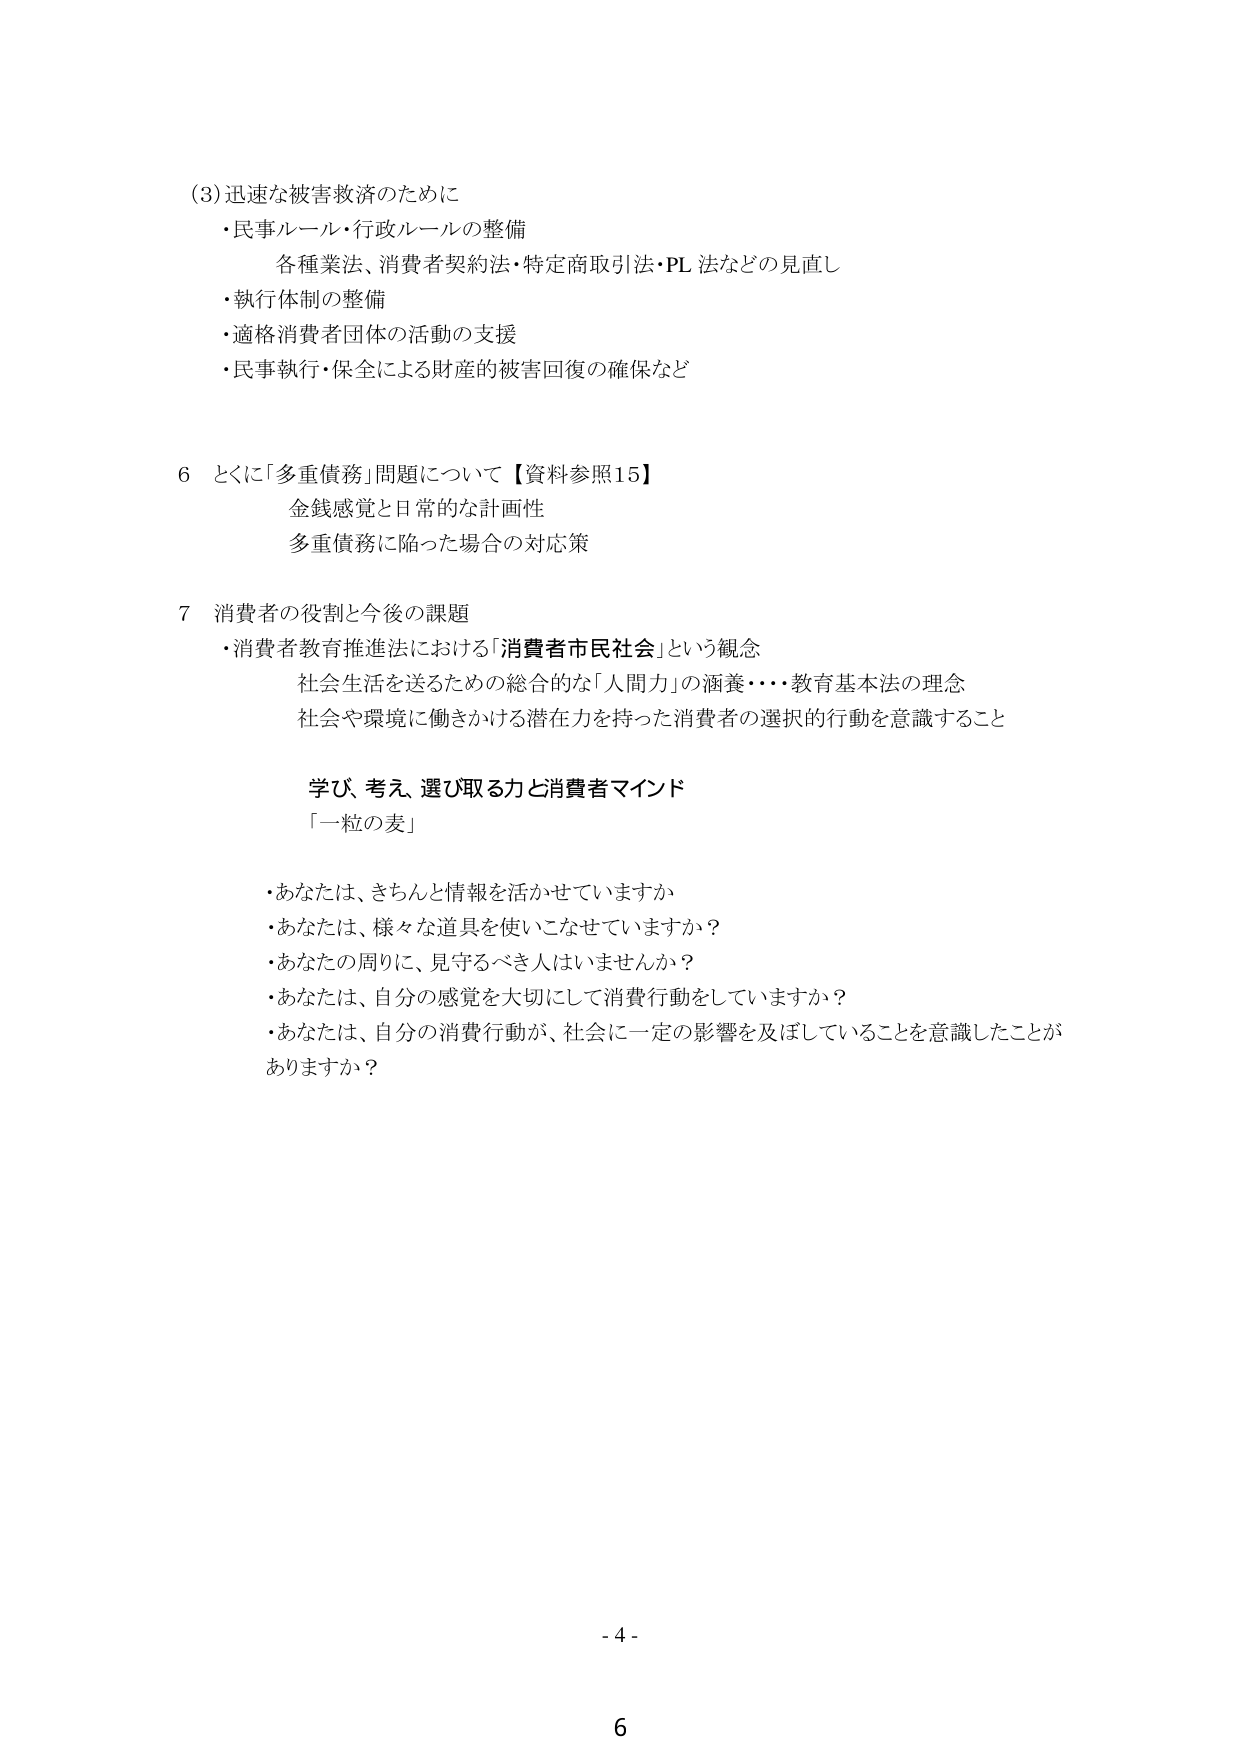
(3) 迅速な被害救済のために
・民事ルール・行政ルールの整備
　各種業法、消費者契約法・特定商取引法・PL法などの見直し
・執行体制の整備
・適格消費者団体の活動の支援
・民事執行・保全による財産的被害回復の確保など

6 とくに「多重債務」問題について【資料参照15】
　金銭感覚と日常的な計画性
　多重債務に陥った場合の対応策

7 消費者の役割と今後の課題
・消費者教育推進法における「消費者市民社会」という観念
　社会生活を送るための総合的な「人間力」の涵養・・・教育基本法の理念
　社会や環境に働きかける潜在力を持った消費者の選択的行動を意識すること

　学び、考え、選び取る力と消費者マインド
　「一粒の麦」

・あなたは、きちんと情報を活かせていますか
・あなたは、様々な道具を使いこなせていますか？
・あなたの周りに、見守るべき人はいませんか？
・あなたは、自分の感覚を大切にして消費行動をしていますか？
・あなたは、自分の消費行動が、社会に一定の影響を及ぼしていることを意識したことが
　ありますか？

- 4 -
6